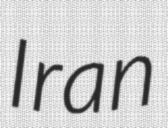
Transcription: Iran